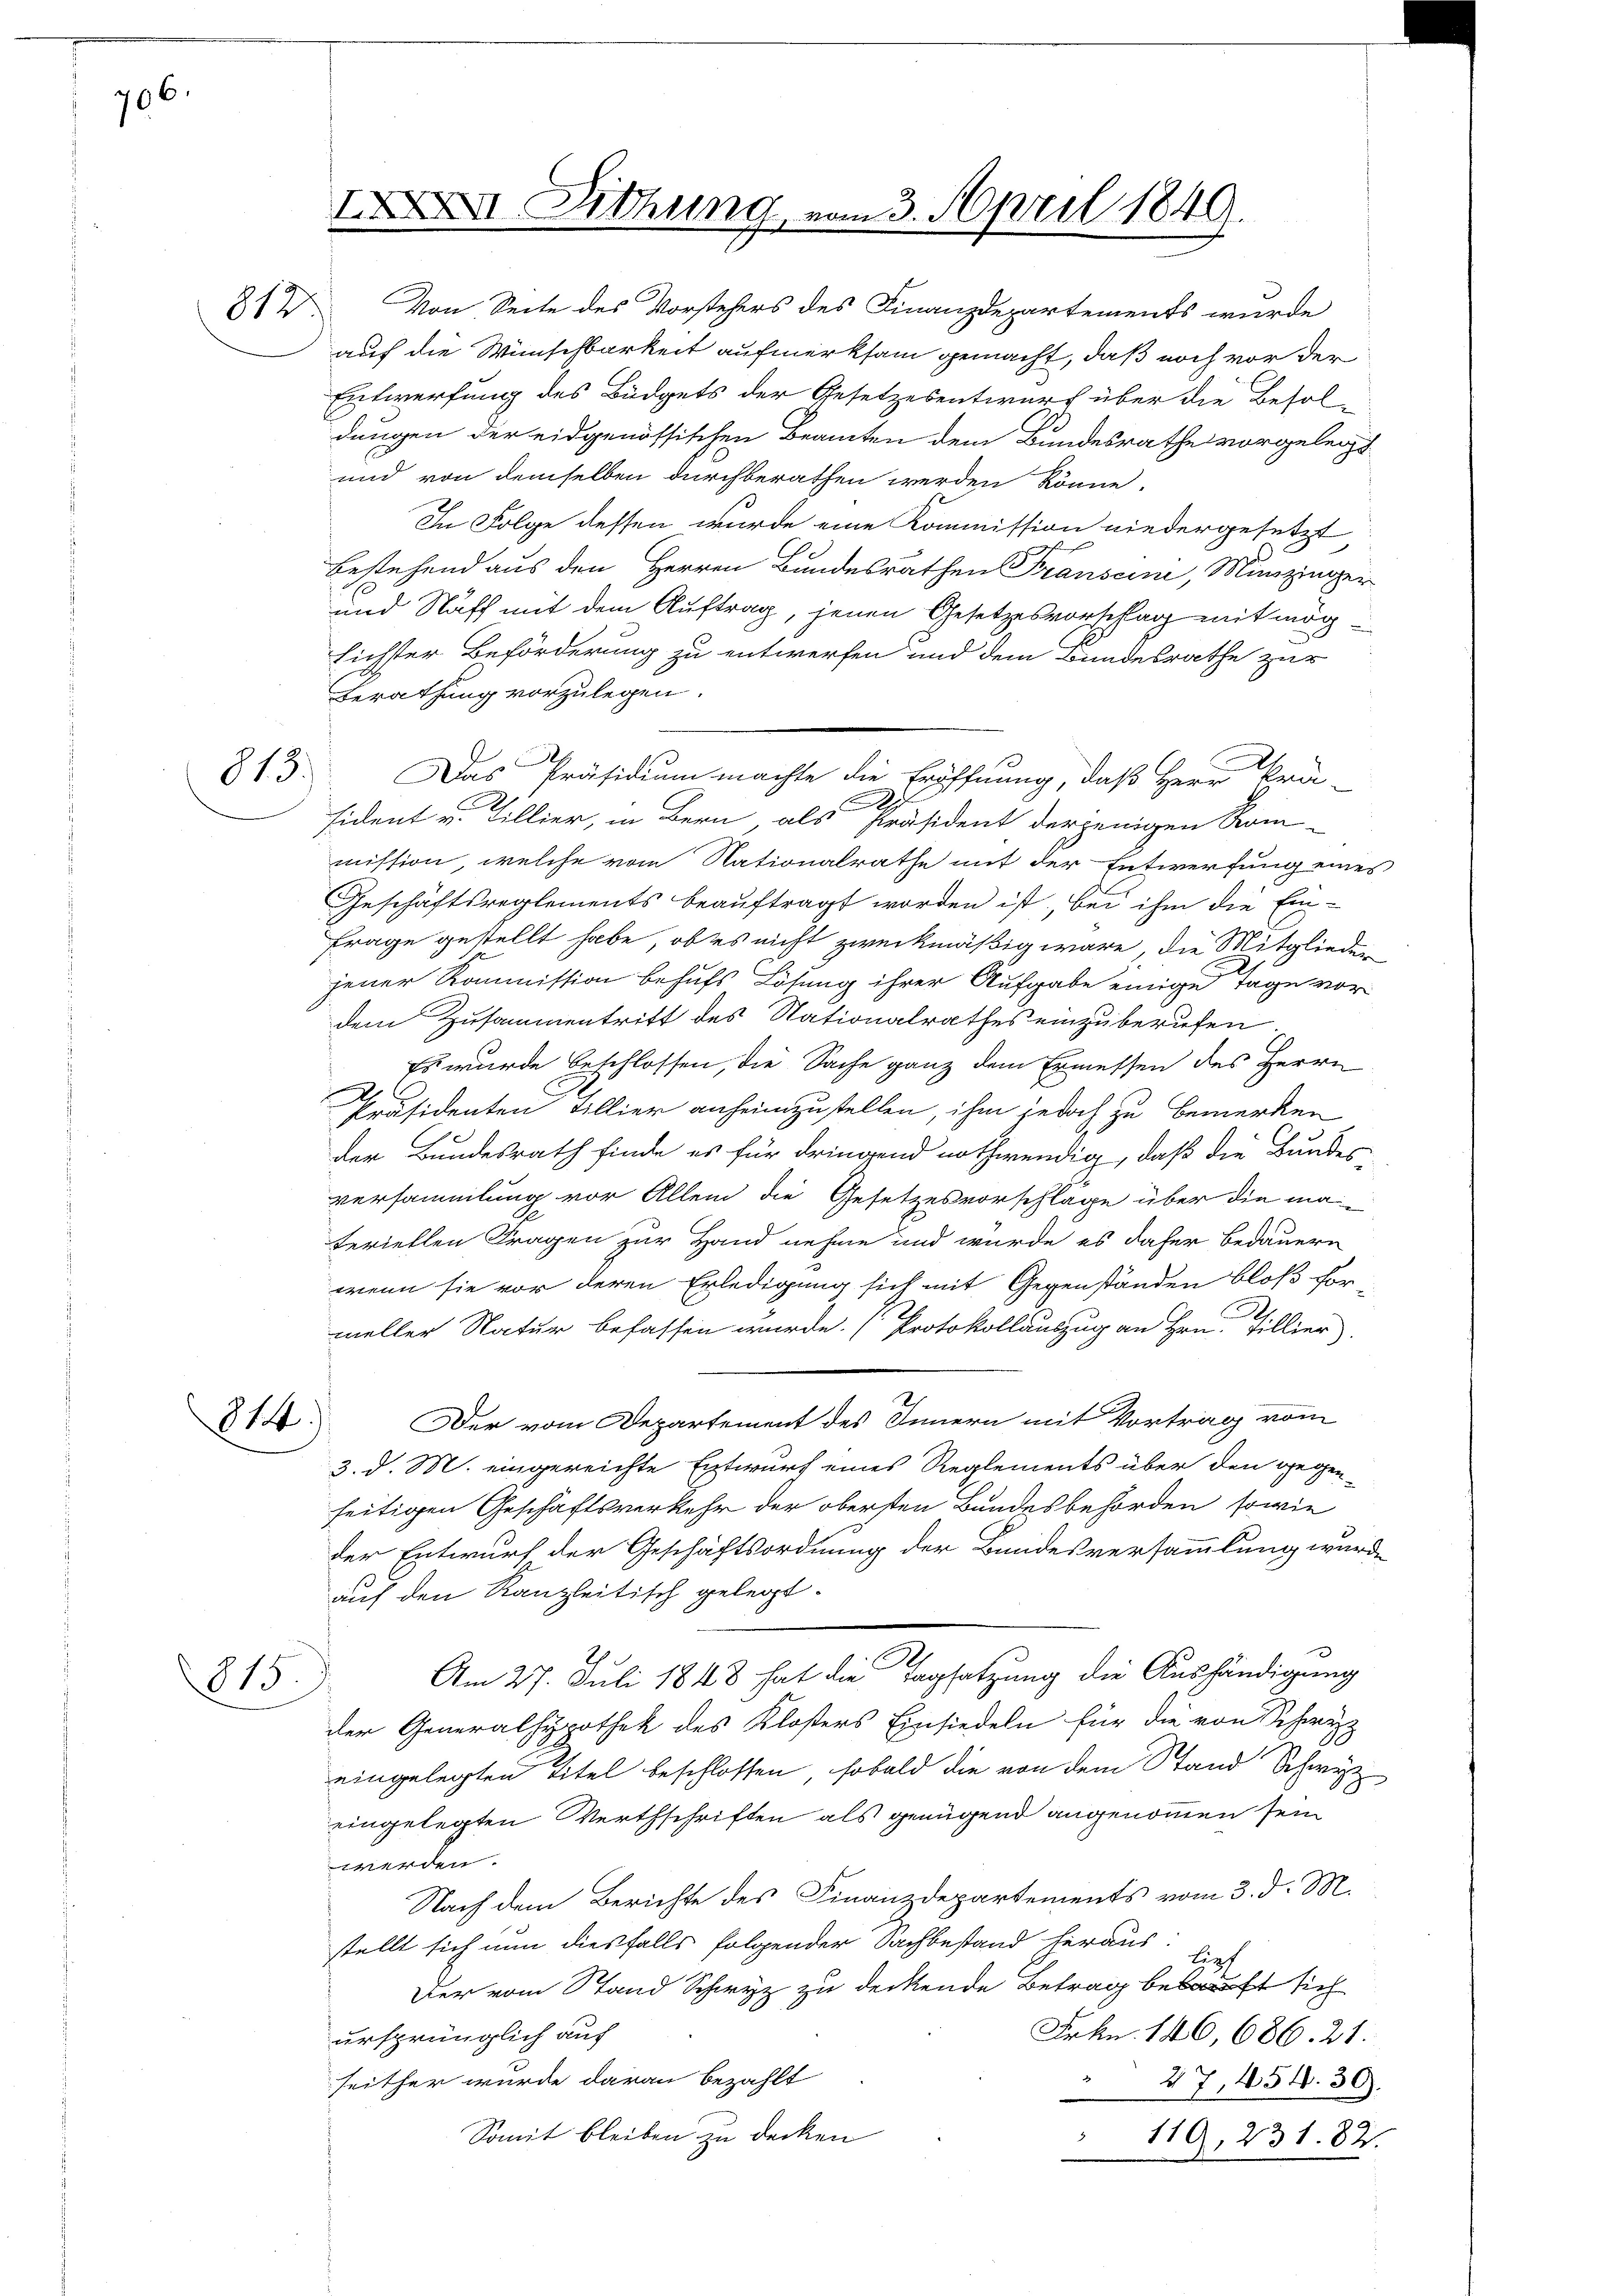
706.

813.

814.)

auf die Wünschbarkeit aufmerksam gemacht, daß noch vor der
Entwerfung des Büdgets der Gesetzesentwurf über die Besol-
dungen der eidgenössischen Beamten dem Bundesrathe vorgelegt
und von demselben durchberathen werden könne,
In Folge dessen wurde eine Kommission niedergesetzt
Bestehend aus den Herren Bundesräthen Franscini, Munzinger
o
und Staff mit dem Auftrag, jenen Gesetzesvorschlag mit möghichter Beförderung zu entwerfen und dem Bundesrathe zur
Berathung vorzulegen.
Das Präsidium machte die Eröffnung, daß Herr Prä-
2
sident v. Tillier, in Bern, als Präsident derjenigen Rom-
mission, welche von Nationalrathe mit der Entwerfung eines
Geschäftsreglements beauftragt worden ist, bei ihm die Ein-
Frage gestellt habe, ob es nicht zweckmäßig wäre, die Mitglieden
jener Kommission behufs Lösung ihrer Aufgabe einige Tage vor
dem Zusammentritt des Nationalrathes einzuberufen.
Es wurde beschlossen, die Sache ganz dem Ermessen des Herrn
Präsidenten Tillier anheimzustellen, ihm jedoch zu bemerken
der Bundesrath finde es für dringend nothwendig, daß die Bundesversammlung vor Allem die Gesetzesvorschlage über die ma-
teriellen Fragen zur Hand nehme und wurde es daher bedauern
wenn sie vor deren Erledigung sich mit Gegenständen bloß ford
meller Natur befassen wurde. (Protokollauszug an Hrn. Tillier
Der vom Departement des Innern mit Vortrag vom
3. d. M. eingereichte Entwurf eines Reglements über den gegenseitigen Geschäftsverkehr der obersten Bundesbehörden, sowie
der Entwurf der Geschäftsordnung der Bundesversammlung wurde
auf den Kanzleitisch gelegt.
Am 27. Juli 1848 hat die Tagsatzung die Aushändigung
der Generalhypothek des Klosters Einsiedeln für die von Schwyz
eingelegten Titel beschlossen, sobald die von dem Stand Schwyz
eingelegten Verthschriften als genügend angenommen sein
werden.
Nach dem Berichte des Finanzdepartements vom 3. d. M.
stellt sich nun diesfalls folgender Nachbestand heraus.
Lipf
Der vom Stand Schwyz zu deckende Betrag bekauft sich
Frkn. 146, 686. 21.
ursprünglich auf
seither wurde daran bezahlt
27, 454. 30.

Somit bleiben zu decken
119, 231. 82.

815.

XI Dithung vom 3. April 1849.

81 V Von Seite des Vorstehers des Finanzdepartements wurde

D